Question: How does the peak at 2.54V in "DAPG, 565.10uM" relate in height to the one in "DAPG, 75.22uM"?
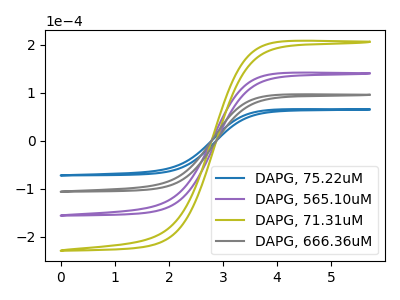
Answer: <think>The blue curve "DAPG, 75.22uM" has no peaks. The purple curve "DAPG, 565.10uM" has no peaks. The olive curve "DAPG, 71.31uM" has no peaks. The gray curve "DAPG, 666.36uM" has no peaks.</think>
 <answer>"DAPG, 565.10uM" and "DAPG, 75.22uM" dont share a peak at 2.54V.</answer>
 <eval>mismatch</eval>